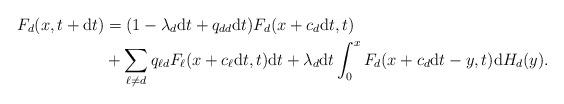
LaTeX: \begin{align*}F_d(x,t+{\rm d}t) &= (1-\lambda_d {\rm d}t + q_{dd} {\rm d}t)F_d(x + c_d{\rm d}t,t) \\&+ \sum_{\ell\neq d}q_{\ell d}F_\ell(x + c_\ell{\rm d}t,t){\rm d}t + \lambda_d {\rm d}t\int_0^x F_d(x+c_d{\rm d}t -y,t) {\rm d} H_d(y).\end{align*}